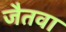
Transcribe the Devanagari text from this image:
जैतवा